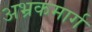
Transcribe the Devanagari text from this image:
अभ्रकमार्ग